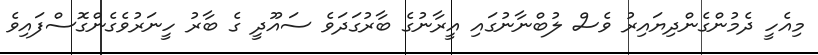
މިއެހީ ދެމުންގެންދިޔައިރު ވެސް ލުބްނާނުގައި އީރާނުގެ ބާރުގަދަވެ ސައޫދީ ގެ ބާރު ހީނަރުވެގެންގޮސްފައިވެ